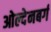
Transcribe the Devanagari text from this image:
ओल्देनबर्ग